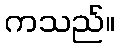
ကသည်။